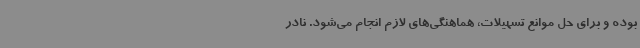
بوده و برای حل موانع تسهیلات، هماهنگی‌های لازم انجام می‌شود. نادر